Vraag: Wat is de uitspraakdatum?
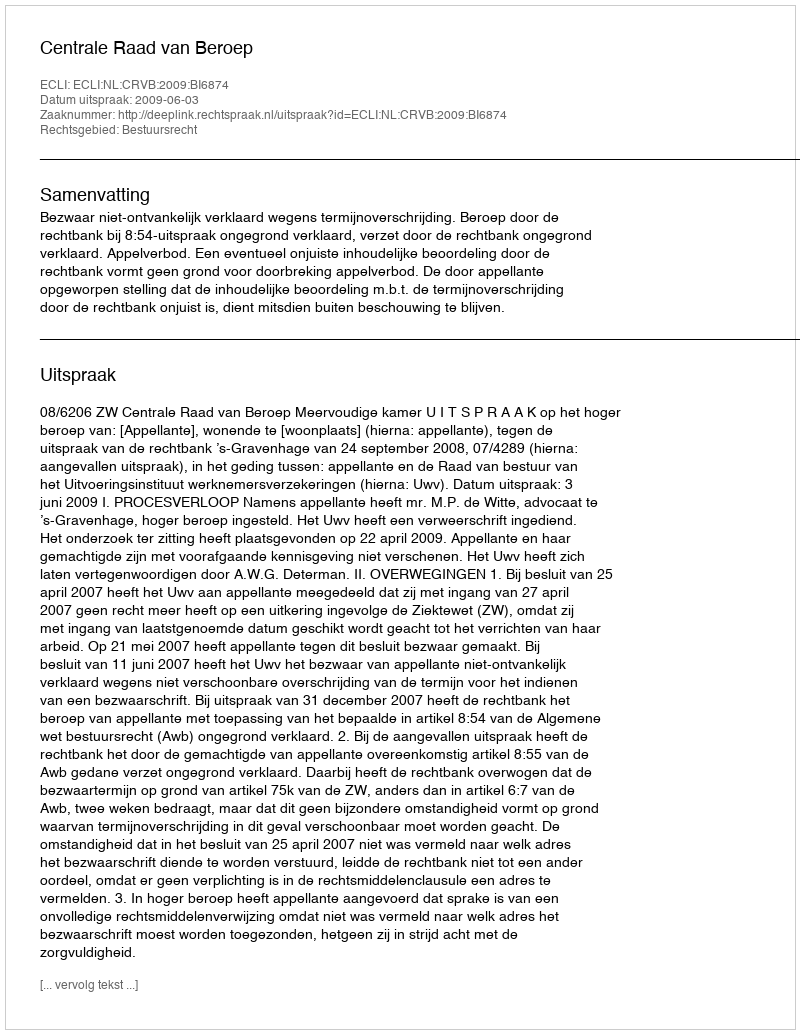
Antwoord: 2009-06-03